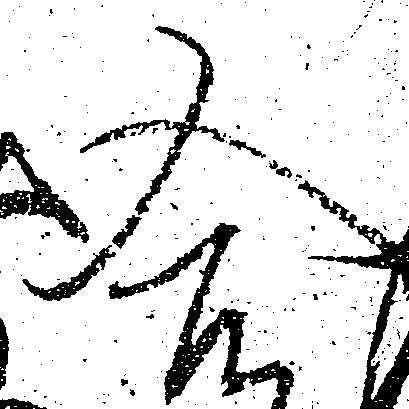
合